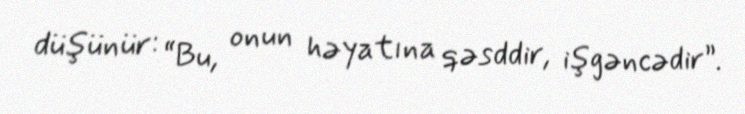
düşünür: “Bu, onun həyatına qəsddir, işgəncədir”.